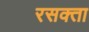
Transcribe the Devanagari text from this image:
रसक्ता